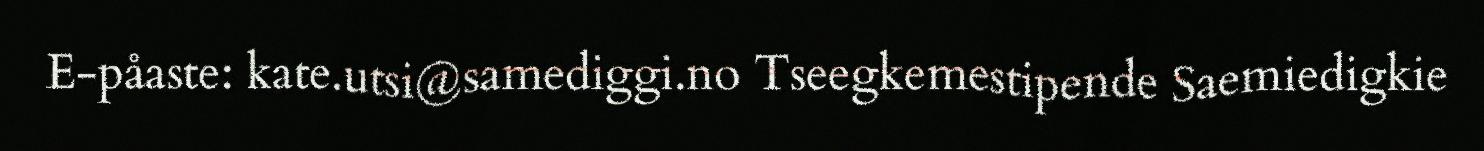
E-påaste: kate.utsi@samediggi.no Tseegkemestipende Saemiedigkie